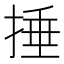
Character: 捶